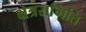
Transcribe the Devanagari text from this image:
क्षेत्रसमिति